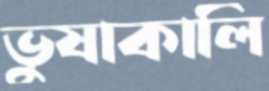
ভুষাকালি